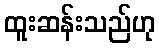
ထူးဆန်းသည်ဟု